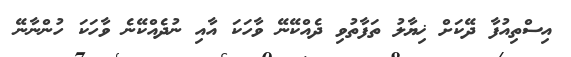
އިސްތިއުފާ ދޭކަށް ޚިޔާލު ތަފާތުވި ދެއްކޭނޭ ވާހަކަ އާއި ނުދެއްކޭނެ ވާހަކަ ހުންނާނޭ